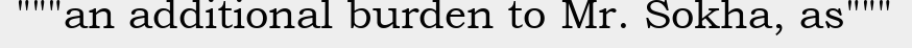
"""an additional burden to Mr. Sokha, as"""